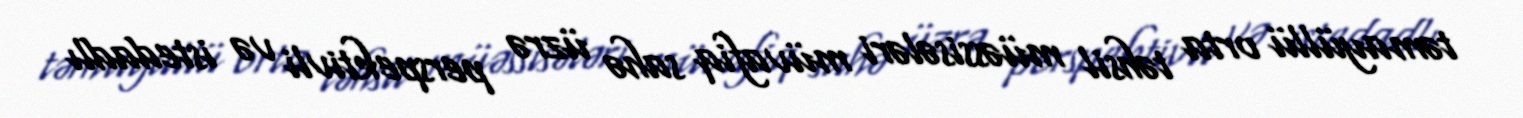
təmayüllü orta təhsil müəssisələri müvafiq sahə üzrə perspektivli və istedadlı